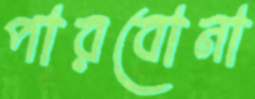
পারবোনা